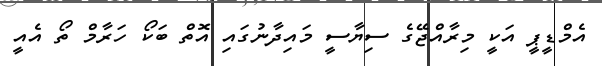
އެމްޑީޕީ އަކީ މިރާއްޖޭގެ ސިޔާސީ މައިދާނުގައި އޮތް ބަކޯ ހަރާމް ތޯ އެއީ